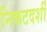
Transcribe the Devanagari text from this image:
निकटदर्शी